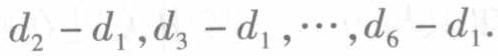
\(d_{2}-d_{1},d_{3}-d_{1},\cdots,d_{6}-d_{1}\).